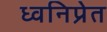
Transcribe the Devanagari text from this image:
ध्वनिप्रेत